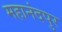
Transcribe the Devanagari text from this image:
महानंदपुर